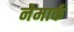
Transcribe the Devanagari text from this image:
नेमार्क